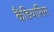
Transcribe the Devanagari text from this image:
कैंडियासिस